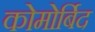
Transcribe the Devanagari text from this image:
कोमोर्बिद